system: You are a helpful assistant.
user:
Analyze the provided spectrum to determine if it is a **Carbon Star (C-type)**.

- **Key Visual Indicators of Carbon Star:**
    - **(Primary):** Strong molecular absorption from **C₂ (diatomic carbon) "Swan Bands."** This is the **defining feature** of a carbon star.
        - **(Key Bandheads):** Sharp absorption edges are visible at approximately $5635$ Å, $5165$ Å (the strongest band), and $4737$ Å.
        - **(Line Profile):** Creates a distinct **"saw-tooth"** pattern. The key morphology is a sharp, steep bandhead on the **red (long-wavelength) side**, which then gradually tapers off (i.e., flux recovers) towards the **blue (short-wavelength) side**. *(This is the direct opposite of the TiO bands seen in M-type stars)*.

    - **(Secondary):** Intense **CN (cyanogen)** molecular absorption bands.
        - **(Key Bandheads):** Located in the blue and violet regions of the spectrum (e.g., near $4215$ Å and $3883$ Å).
        - **(Morphology):** These bands are extremely broad and act as a "blanket," absorbing the vast majority of blue and violet light. This creates a characteristic **"cliff"** or **"steep drop-off"** in the spectrum's flux at short wavelengths.

    - **(Key Confirmation):** Strong **CH absorption band (G-band)**.
        - **(Key Bandhead):** Located around $4300$ Å. The contribution from CH molecules to this band is exceptionally strong.

    - **(Overall Spectrum):**
        - The continuum is severely "chopped up" by these deep molecular bands, especially C₂, rather than appearing as a smooth curve.
        - Due to the heavy CN and C₂ absorption in the blue-green, the vast majority of the star's flux is concentrated in the red part of the spectrum, giving the star its characteristic deep red color.

Think first, call **spectral_visualization_tool** if needed to examine features in detail, then provide your final answer. Your response must adhere to the following strict rules:
1.  **Overall Structure:** Your response must follow the format `<think>...</think> <tool_call>...</tool_call> (if a tool is used) <answer>...</answer>`.
2.  **Tool Usage Constraint:** You may only make **one** tool call per turn.
3.  **Final Answer Format:** In the `<answer>` tag, your conclusion must be inside a `\boxed{}` command (e.g., `\boxed{YES}`), followed by your justification.

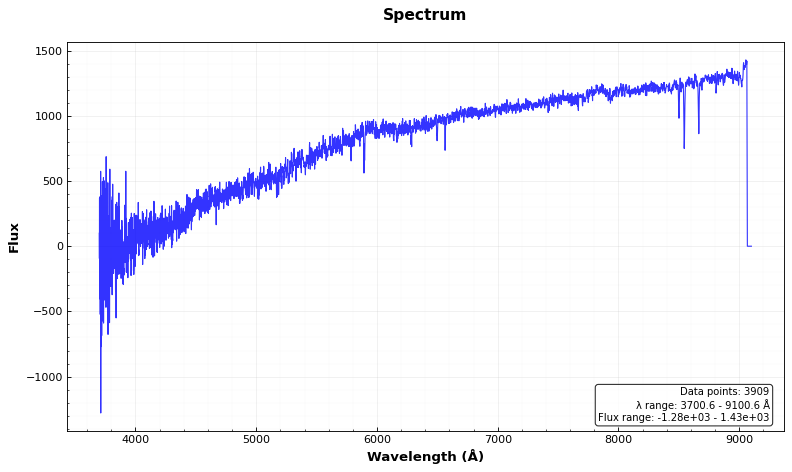
Answer: NO